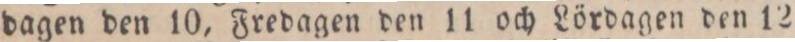
dagen den 10, Fredagen den 11 och Lördagen den 12